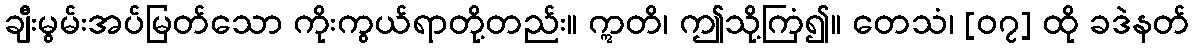
ချီးမွမ်းအပ်မြတ်သော ကိုးကွယ်ရာတို့တည်း။ ဣတိ၊ ဤသို့ကြံ၍။ တေသံ၊ [၀၇] ထို ခဒဲနတ်